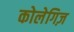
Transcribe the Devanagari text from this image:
कोलेगिज़